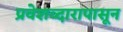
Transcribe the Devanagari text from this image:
प्रवेशव्दारापासून